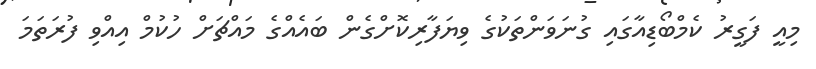
މިއީ ފަގީރު ކެމްބޯޑިއާގައި ގުނަވަންތަކުގެ ވިޔަފާރިކޮށްގެން ބައެއްގެ މައްޗަށް ހުކުމް އިއްވި ފުރަތަމަ